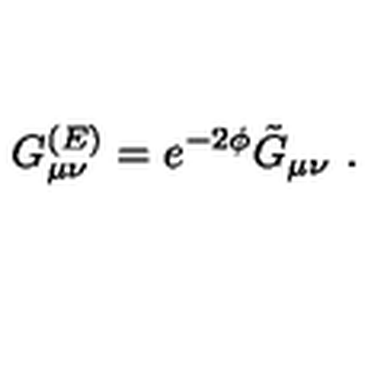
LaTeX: G _ { \mu \nu } ^ { ( E ) } = e ^ { - 2 \phi } \tilde { G } _ { \mu \nu } \ .